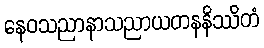
နေဝသညာနာသညာယတနနိဿိတံ